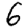
Digit: 6